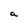
Character: a